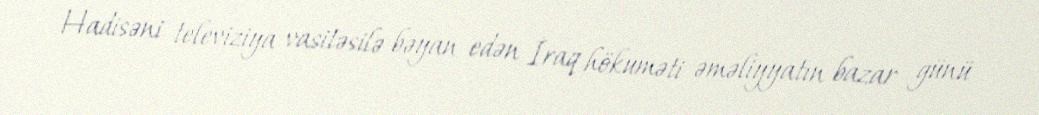
Hadisəni televiziya vasitəsilə bəyan edən İraq hökuməti əməliyyatın bazar günü